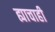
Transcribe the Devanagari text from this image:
ह्याचाही